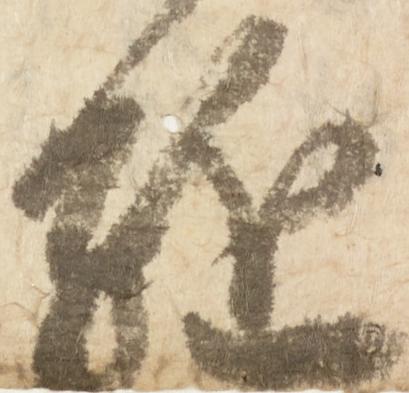
駈